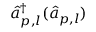
\hat { a } _ { p , l } ^ { \dagger } ( \hat { a } _ { p , l } )